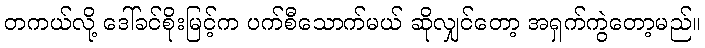
တကယ်လို့ ဒေါ်ခင်စိုးမြင့်က ပက်စီသောက်မယ် ဆိုလျှင်တော့ အရှက်ကွဲတော့မည်။